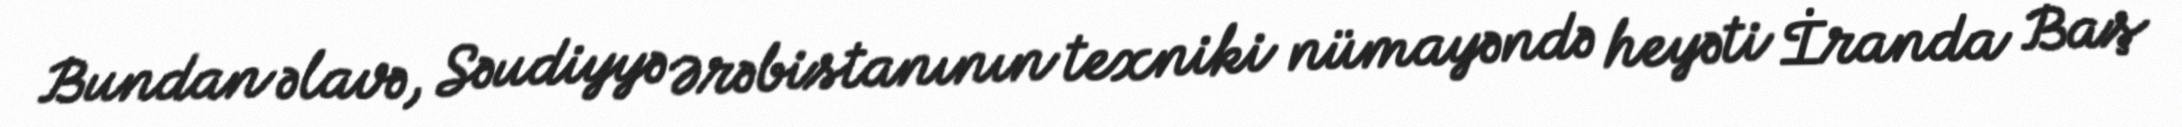
Bundan əlavə, Səudiyyə Ərəbistanının texniki nümayəndə heyəti İranda Baş